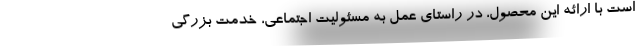
است با ارائه این محصول، در راستای عمل به مسئولیت اجتماعی، خدمت بزرگی